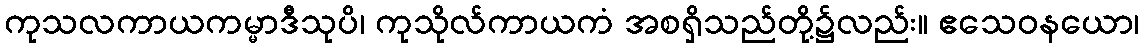
ကုသလကာယကမ္မာဒီသုပိ၊ ကုသိုလ်ကာယကံ အစရှိသည်တို့၌လည်း။ ဧသေဝနယော၊